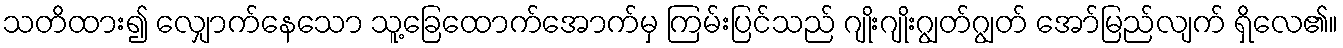
သတိထား၍ လျှောက်နေသော သူ့ခြေထောက်အောက်မှ ကြမ်းပြင်သည် ဂျိုးဂျိုးဂျွတ်ဂျွတ် အော်မြည်လျက် ရှိလေ၏။